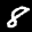
Label: 8